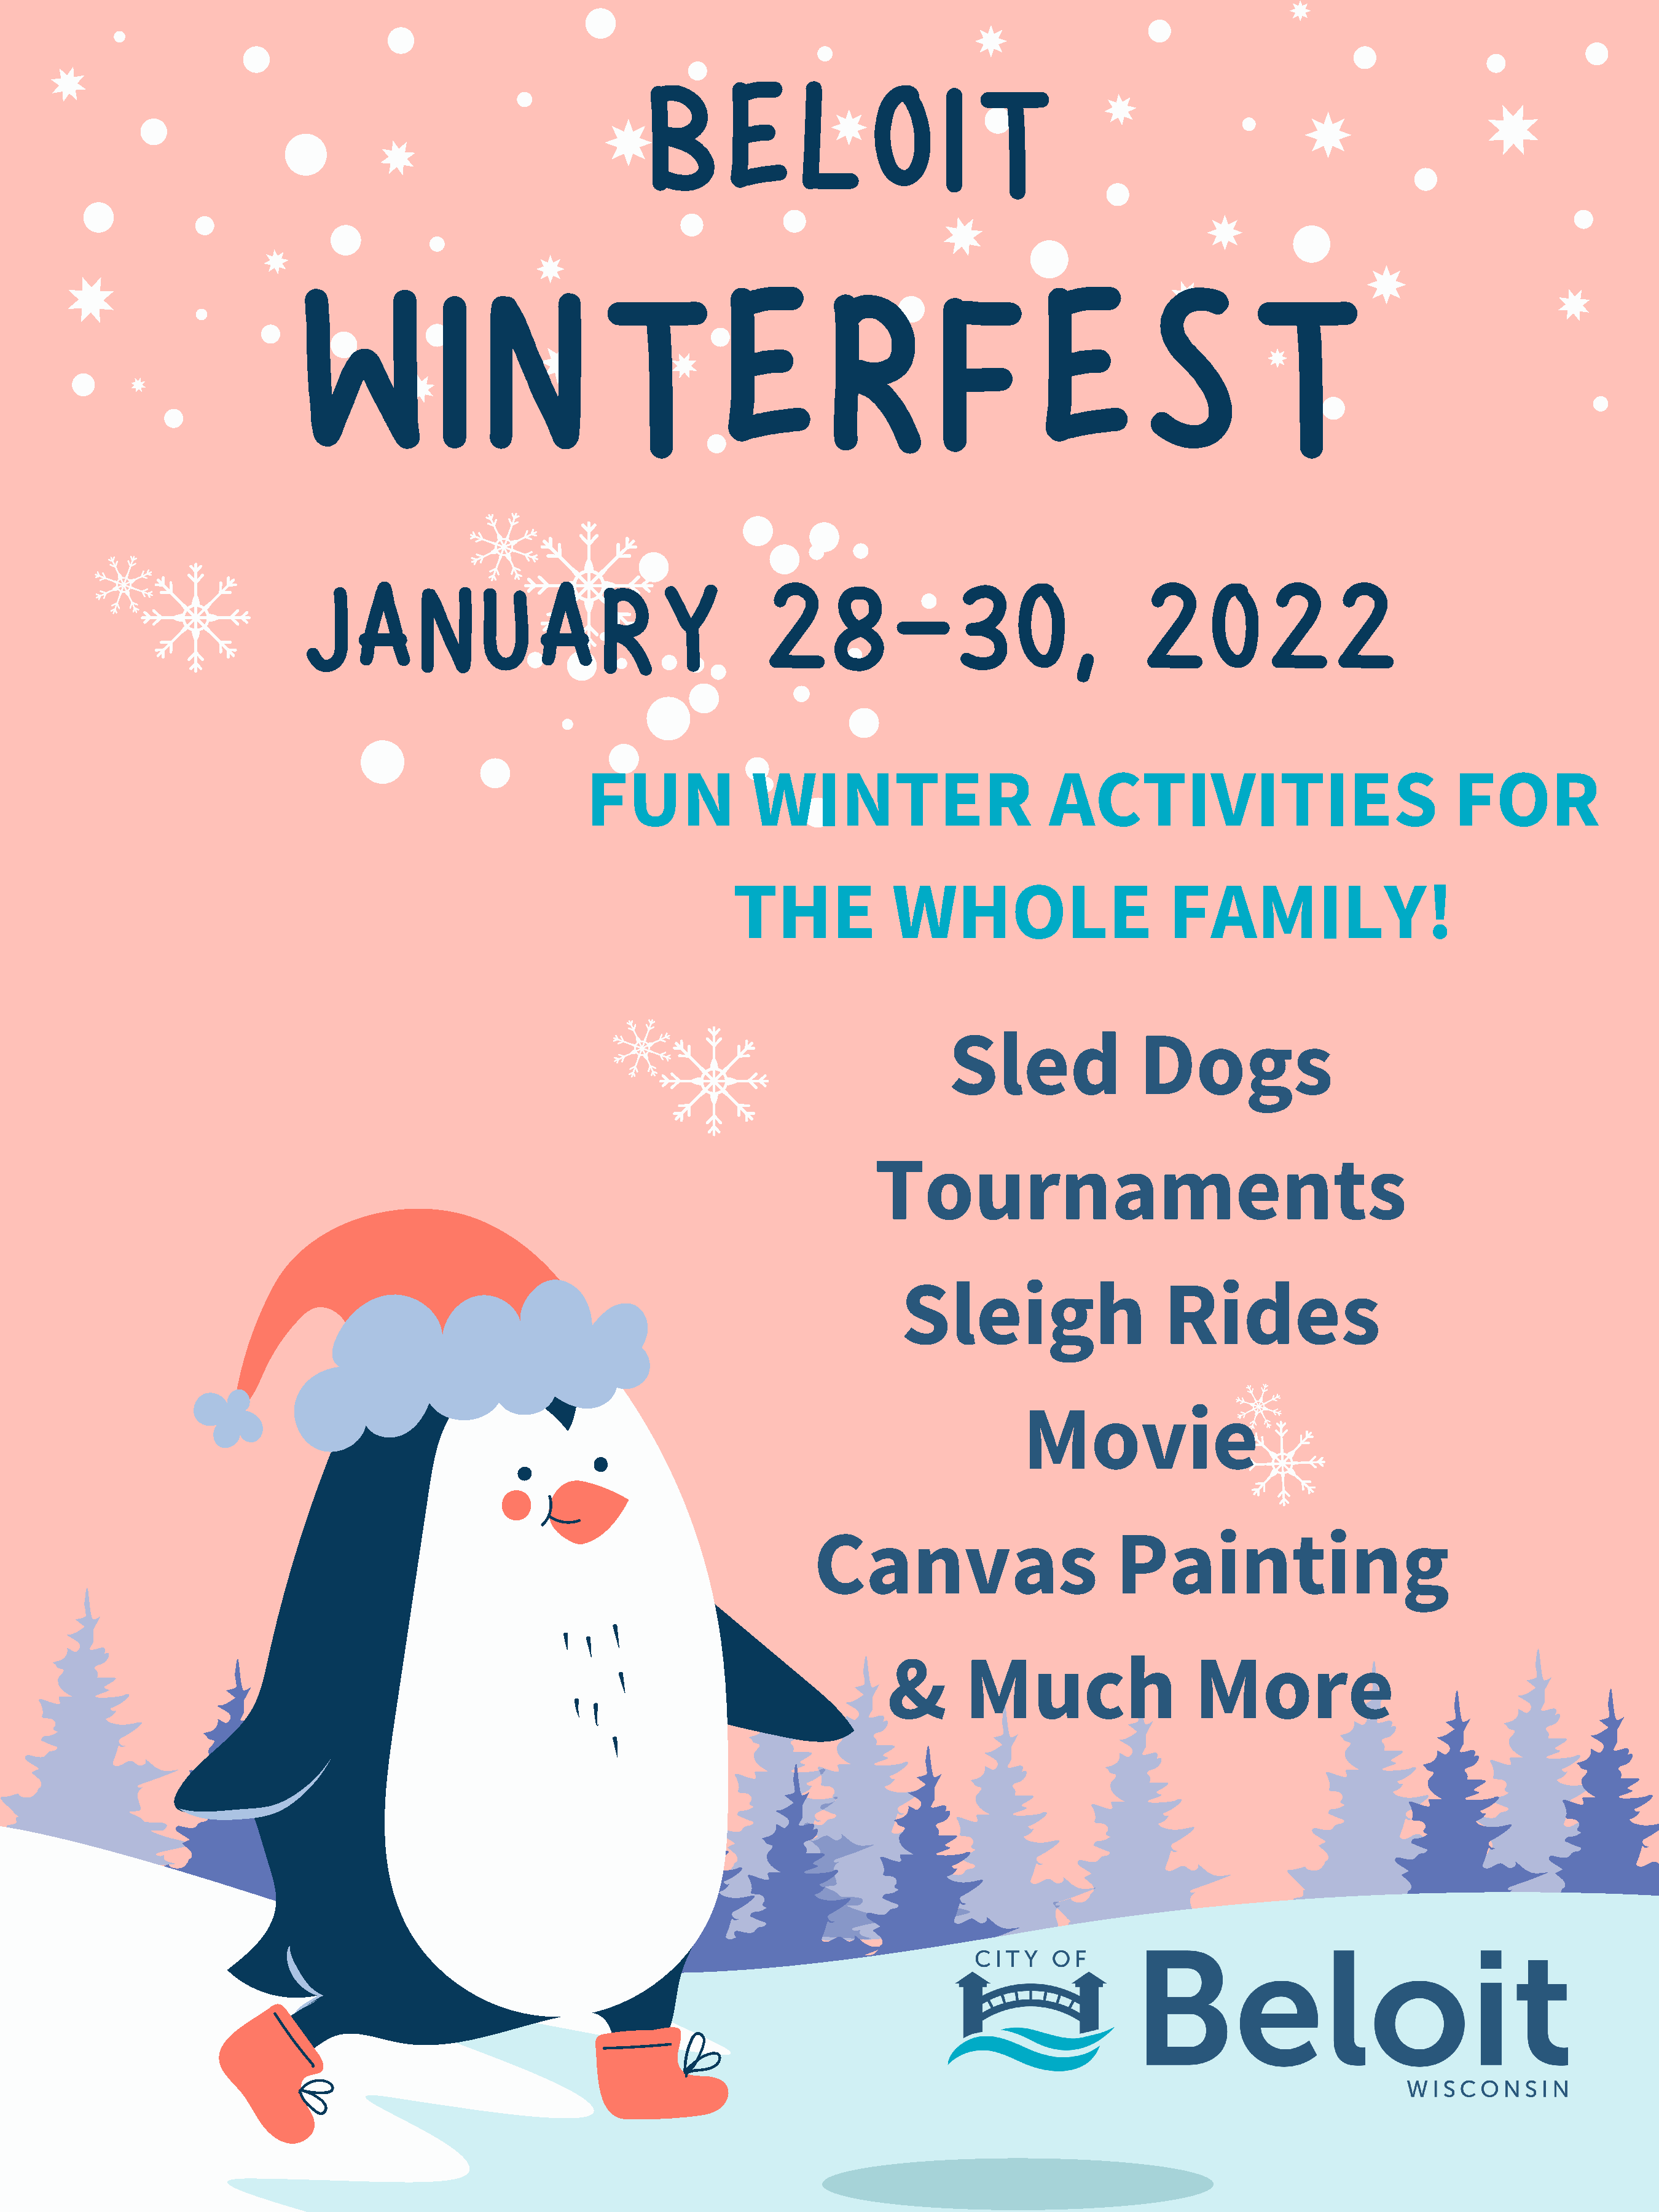
B       E       L       O       I  T
 W             I    N            T            E          R           F          E           S          T
 J    A      N      U     A      R     Y           2      8     -      3      0     ,      2      0      2      2
 FUN               WINTER                          ACTIVITIES                                  FOR
 THE              WHOLE                         FAMILY!
 Sled                 Dogs
 Tournaments
 Sleigh                      Rides
 Movie
 Canvas                          Painting
 &       Much                     More